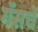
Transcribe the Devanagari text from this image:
गॅसचे